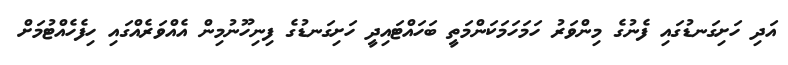
އަދި ހަށިގަނޑުގައި ފެނުގެ މިންވަރު ހަމަހަމަކަންމަތީ ބަހައްޓައިދީ ހަށިގަނޑުގެ ފިނިހޫނުމިން އެއްވަރެއްގައި ހިފެހެއްޓުމަށް